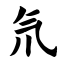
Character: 氘